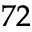
^ { 7 2 }